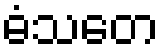
ဓံသတေ